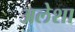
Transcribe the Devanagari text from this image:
अलेशा